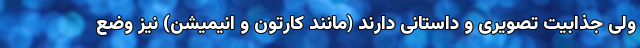
ولی جذابیت تصویری و داستانی دارند (مانند کارتون و انیمیشن) نیز وضع